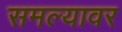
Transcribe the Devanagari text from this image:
समल्यावर